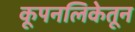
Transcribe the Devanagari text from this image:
कूपनलिकेतून